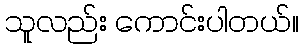
သူလည်း ကောင်းပါတယ်။